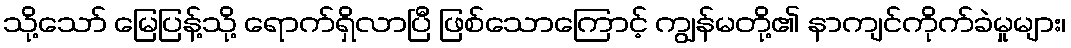
သို့သော် မြေပြန့်သို့ ရောက်ရှိလာပြီ ဖြစ်သောကြောင့် ကျွန်မတို့၏ နာကျင်ကိုက်ခဲမှုများ၊